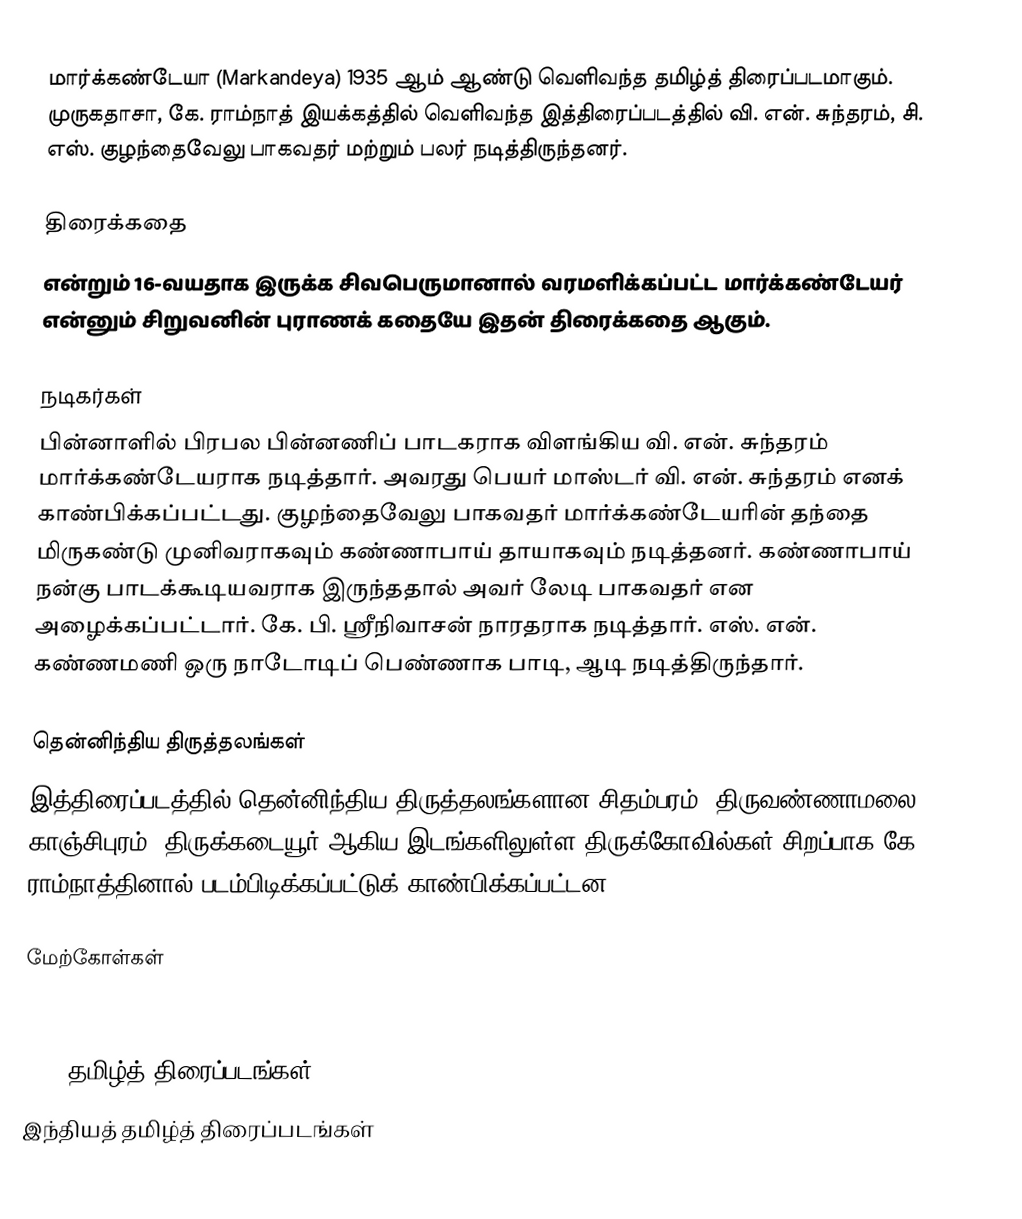
மார்க்கண்டேயா (Markandeya) 1935 ஆம் ஆண்டு வெளிவந்த தமிழ்த் திரைப்படமாகும். முருகதாசா, கே. ராம்நாத் இயக்கத்தில் வெளிவந்த இத்திரைப்படத்தில் வி. என். சுந்தரம், சி. எஸ். குழந்தைவேலு பாகவதர் மற்றும் பலர் நடித்திருந்தனர்.

திரைக்கதை
என்றும் 16-வயதாக இருக்க சிவபெருமானால் வரமளிக்கப்பட்ட மார்க்கண்டேயர் என்னும் சிறுவனின் புராணக் கதையே இதன் திரைக்கதை ஆகும்.

நடிகர்கள்
பின்னாளில் பிரபல பின்னணிப் பாடகராக விளங்கிய வி. என். சுந்தரம் மார்க்கண்டேயராக நடித்தார். அவரது பெயர் மாஸ்டர் வி. என். சுந்தரம் எனக் காண்பிக்கப்பட்டது. குழந்தைவேலு பாகவதர் மார்க்கண்டேயரின் தந்தை மிருகண்டு முனிவராகவும் கண்ணாபாய் தாயாகவும் நடித்தனர். கண்ணாபாய் நன்கு பாடக்கூடியவராக இருந்ததால் அவர் லேடி பாகவதர் என அழைக்கப்பட்டார். கே. பி. ஸ்ரீநிவாசன் நாரதராக நடித்தார். எஸ். என். கண்ணமணி ஒரு நாடோடிப் பெண்ணாக பாடி, ஆடி நடித்திருந்தார்.

தென்னிந்திய திருத்தலங்கள்
இத்திரைப்படத்தில் தென்னிந்திய திருத்தலங்களான சிதம்பரம், திருவண்ணாமலை, காஞ்சிபுரம், திருக்கடையூர் ஆகிய இடங்களிலுள்ள திருக்கோவில்கள் சிறப்பாக கே. ராம்நாத்தினால் படம்பிடிக்கப்பட்டுக் காண்பிக்கப்பட்டன.

மேற்கோள்கள்

1935 தமிழ்த் திரைப்படங்கள்
இந்தியத் தமிழ்த் திரைப்படங்கள்